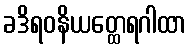
ခဒိရဝနိယတ္ထေရဂါထာ